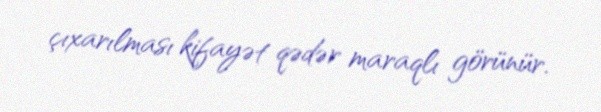
çıxarılması kifayət qədər maraqlı görünür.